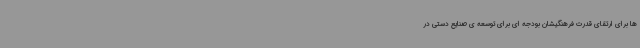
ها برای ارتقای قدرت فرهنگیشان بودجه ای برای توسعه ی صنایع دستی در